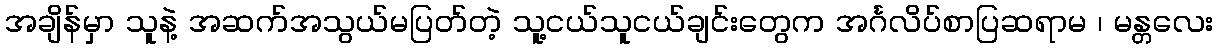
အချိန်မှာ သူနဲ့ အဆက်အသွယ်မပြတ်တဲ့ သူ့ငယ်သူငယ်ချင်းတွေက အင်္ဂလိပ်စာပြဆရာမ ၊ မန္တလေး